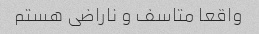
واقعا متاسف و ناراضی هستم